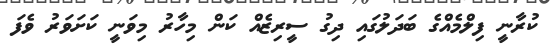
ކުރާނީ ފިލްމެއްގެ ބަދަލުގައި ދިގު ސީރިޒެއް ކަން މިހާރު މިވަނީ ކަށަވަރު ވެފަ